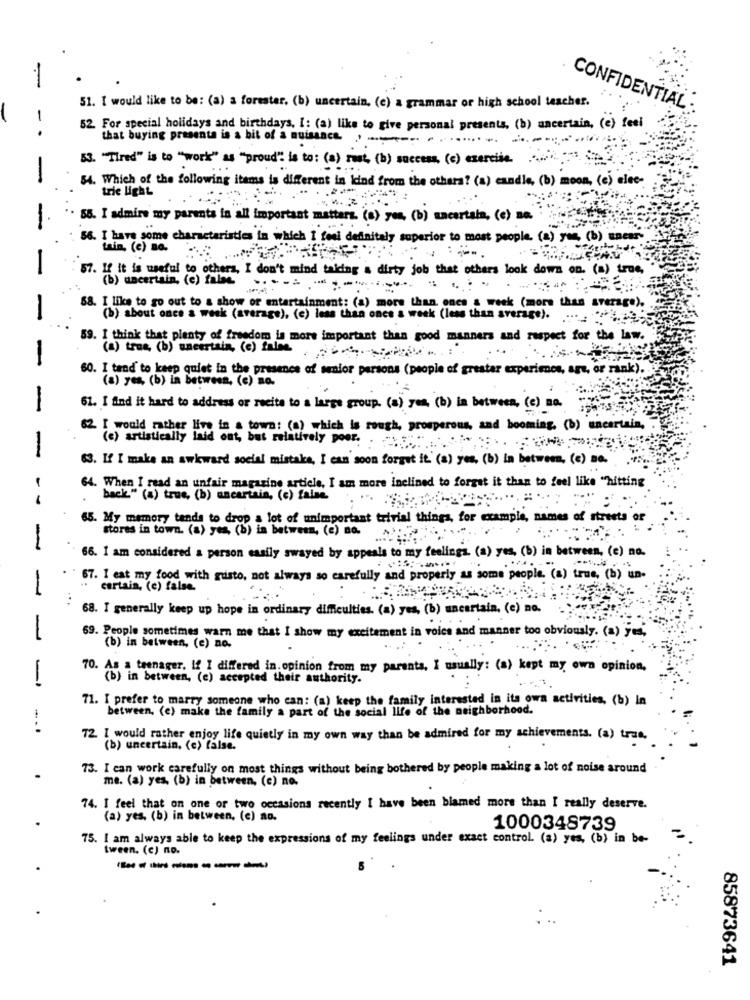
51. [ would like to be: (a) a forester, (b) uncertain. (e) a grammar of high school teacher.
CONFIDENTIAL :
52. For special holidays and birthdays. I: (a) like to give personal presents, (b) uncertain, (e) feel
-.
that buying presenta is a bit of a nuisance. .. ..
-..
63. "Tired" is to "work" as "proud" is to : (a) rust, (b) success, (e) exercise.
-
64. Which of the following items is diferent in kind from the others? (a) candle, (b) moon, (e) elec-
trie light
58. I admire my parents is all important matters. (a) yes, (b) uncertala, (e) a.
56. I have some characteristics in which I feel definitely superior to most people. (a) yes, (b) uneas
-
57. If it is useful to others, I don't mind taking a dirty job that others look down on. (a) true,
(b) uncertain.(e) faba .................
68. I like to go out to a show or entertainment: (a) more than once a week (more than average).
-
(b) about once a week (average), (e) less than once a week (less than average) ...
59. I think that plenty of freedom is more important than good manners and respect for the law.
(a) trus, (b) uncertain, (e) falme. .......... ...:
-
60. I tend to keep quiet in the presence of senior persons (people of grestar experimes, are, or rank).
(a) yes, (b) in between, (c) no.
-
61. I find it hard to address or recite to a large group. (s) yes, (b) in between, (e) no.
: (a) which is rough, prosperous, and booming. (b) uncertain,
I would see land Sat, but relatively poor. .
-
63. If I make an awkward social mistake, I can soon forget it' (a) yes, (b) In between, (c) a .. " .
64. When I read an unfair magazine article, I am more inclined to forget it than to feel like "hitting
back" (a) true, (b) uncartain, (c) Za16.
35. My memory tends to drop a lot of unimportant trivial things, for example, names of streets
stores in town. (a) yes, (b) is between, (2) no.
-
66. I am considered a person easily swayed by appeals to my feelings. (a) yes, (b) in between, (e) no.
67. I eat my food with gusto, not always so carefully and properly as some people. (a) true, (b) un.
-
certain, (e) false.
68. I generally keep up hope in ordinary difficulties. (a) yes, (b) uncertain. (e) no.
69. People sometimes warm me that I show my excitement in voies and manner too obviously. (a) yes,
-
(b) in between, (e) no.
70. As a teenager. If I differed in.opinion from my parents, I usually: (a) kept my own opinion,
-
(b) in between, (e) accepted their authority.
71. I prefer to marry someone who can: (a) keep the family interested in its own activities, (b) In
between. (e) make the family a part of the social life of the neighborhood.
72. I would rather enjoy life quietly in my own way than be admired for my achievements. (a) true,
(b) uncertain, (c) false.
73. I can work carefully on most things without being bothered by people making a lot of noise around
me. (a) yes. (b) in between, (e) no.
74. I feel that on one or two occasions recently I have been blamed more than I really deserve.
(a) yes, (b) in between, (e) ao.
1000348739
75. I am always able to keep the expressions of my feelings under exact control. (a) yes, (b) in be-
tween. (c) no.
-------
85873641